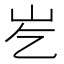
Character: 𪨣